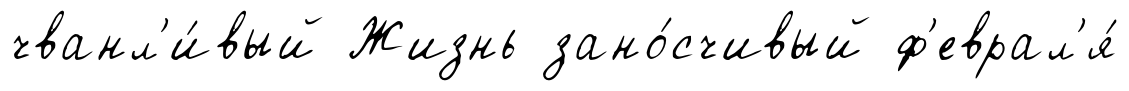
чванл'и́вый Жизнь зано́счивый ф'еврал'я́